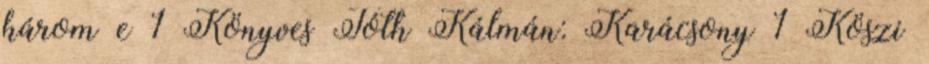
három e 1 Könyves Tóth Kálmán: Karácsony 1 Köszi